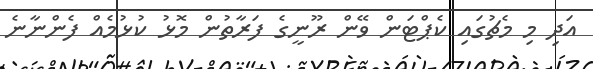
އަދި މި މެޗުގައި ކެޕްޓަން ވޭން ރޫނީގެ ފަރާތުން މޮޅު ކުޅުމެއް ފެންނާނެ